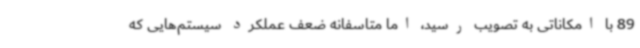
89 با امکاناتی به تصویب رسید، اما متاسفانه ضعف عملکرد سیستم‌هایی که